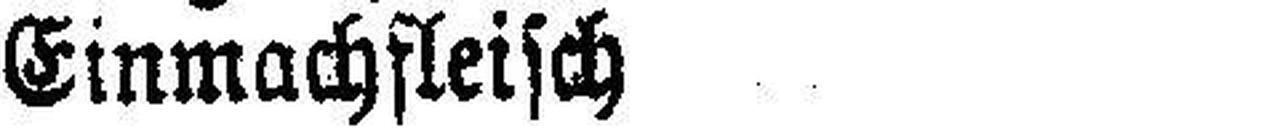
Einmachfleisch